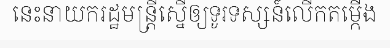
នេះនាយករដ្ឋមន្ត្រីស្នើឲ្យទូរទស្សន៍លើកតម្កើង